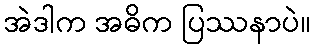
အဲဒါက အဓိက ပြဿနာပဲ။